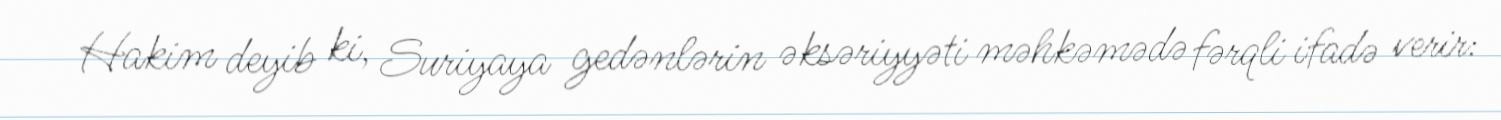
Hakim deyib ki, Suriyaya gedənlərin əksəriyyəti məhkəmədə fərqli ifadə verir: